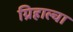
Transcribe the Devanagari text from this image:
ग्रिहाल्वा